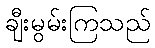
ချီးမွမ်းကြသည်